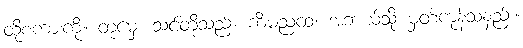
ထိုစကားကို။ တုမှေ၊ သင်တို့သည်။ ကိံမညထ၊ အဘယ်သို့ မှတ်ကုန်သနည်း။